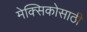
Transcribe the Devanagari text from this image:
मेक्सिकोसाठी